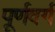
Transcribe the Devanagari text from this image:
पूर्णवर्ग